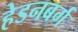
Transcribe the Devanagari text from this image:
हेडनबर्ग